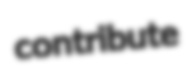
contribute